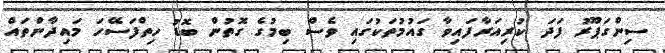
ސިންގަޕޫރު ފަދަ ކުރިއަރާފައިވާ ގައުމުތަކުގައި ވެސް ބިމުގެ ގޮތުން ބޮޑު ހިތްފަސޭހަ މައިދާންތައް